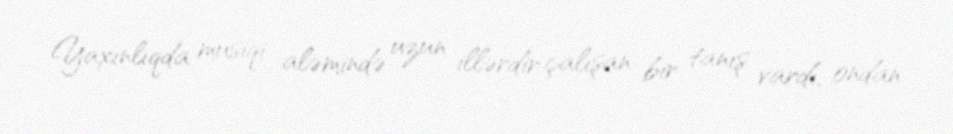
Yaxınlıqda musiqi aləmində uzun illərdir çalışan bir tanış vardı, ondan